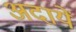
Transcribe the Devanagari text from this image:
अदायें